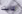
كانت